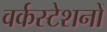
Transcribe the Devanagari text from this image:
वर्कस्टेशनों